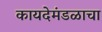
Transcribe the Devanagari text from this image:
कायदेमंडळाचा